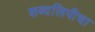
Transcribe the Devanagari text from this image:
शब्दलिपीचा